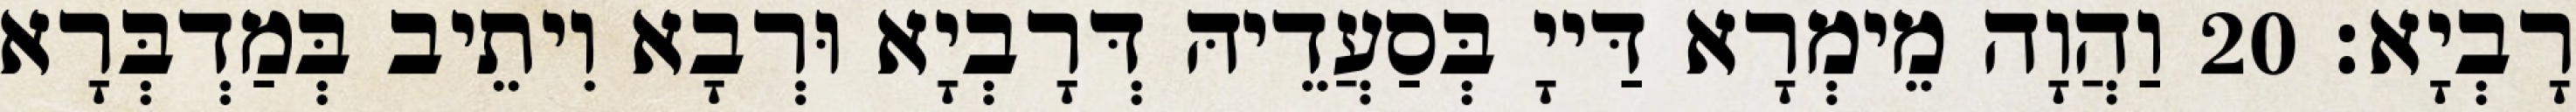
רָבְיָא׃ 20 וַהֲוָה מֵימְרָא דַּייָ בְּסַעֲדֵיהּ דְּרָבְיָא וּרְבָא וִיתֵיב בְּמַדְבְּרָא